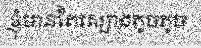
ខ្ញុំមានតែស្បោងតូចតូច